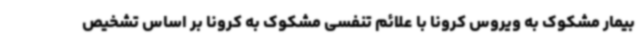
بیمار مشکوک به ویروس کرونا با علائم تنفسی مشکوک به کرونا بر اساس تشخیص